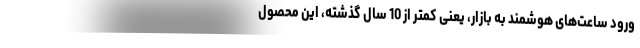
ورود ساعت‌های هوشمند به بازار، یعنی کمتر از 10 سال گذشته، این محصول